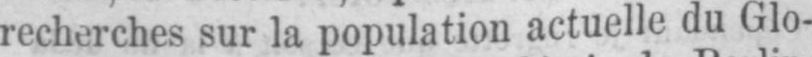
recherches sur la population actuelle du Glo-